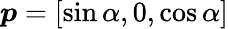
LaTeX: \boldsymbol{p}=[\sin\alpha,0,\cos\alpha]